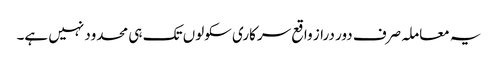
یہ معاملہ صرف دور دراز واقع سرکاری سکولوں تک ہی محدود نہیں ہے۔